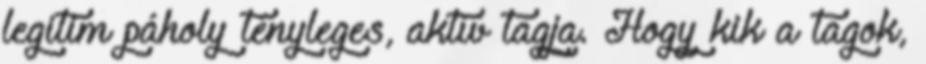
legitim páholy tényleges, aktív tagja. Hogy kik a tagok,